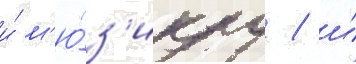
и́ м'ю́з'иклу / и́